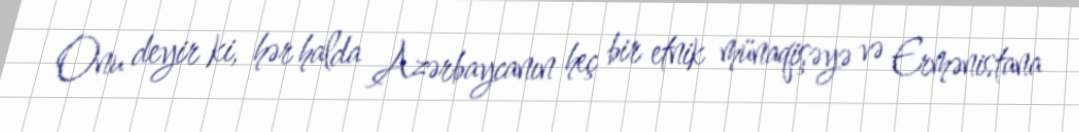
Onu deyir ki, hər halda Azərbaycanın heç bir etnik münaqişəyə və Ermənistana